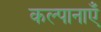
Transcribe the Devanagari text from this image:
कल्पानाएँ